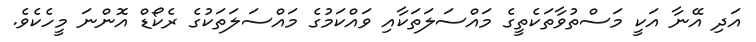
އަދި އޭނާ އަކީ މަސްތުވާތަކެތީގެ މައްސަލަތަކާއި ވައްކަމުގެ މައްސަލަތަކުގެ ރެކޯޑް އޮންނަ މީހެކެވެ.